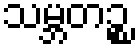
သမ္ဘတဉ္စ